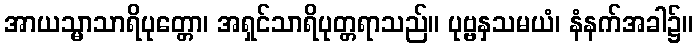
အာယသ္မာသာရိပုတ္တော၊ အရှင်သာရိပုတ္တရာသည်။ ပုဗ္ဗနှသမယံ၊ နံနက်အခါ၌။